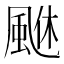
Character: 𩗆